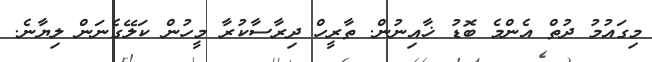
މިގައުމު ދުތް އެންމެ ބޮޑު ޚާއިނުން. ތާރީހް ދިރާސާކުރާ މީހުން ކަލޭގެނަން ލިޔާނެ.